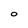
Character: O